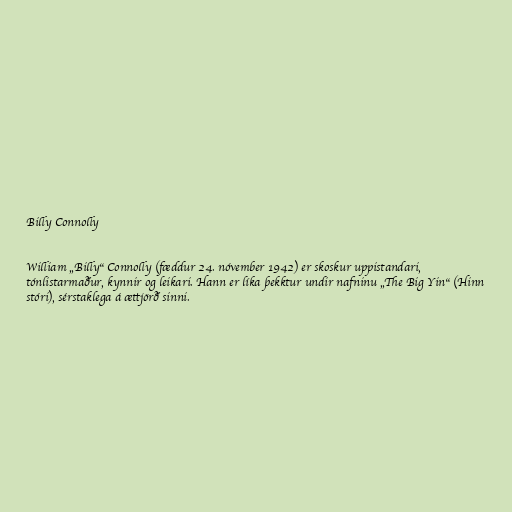
Billy Connolly

William „Billy“ Connolly (fæddur 24. nóvember 1942) er skoskur uppistandari,
tónlistarmaður, kynnir og leikari. Hann er líka þekktur undir nafninu „The Big Yin“ (Hinn
stóri), sérstaklega á ættjörð sinni.